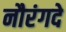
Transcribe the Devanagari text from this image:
नौरंगदे